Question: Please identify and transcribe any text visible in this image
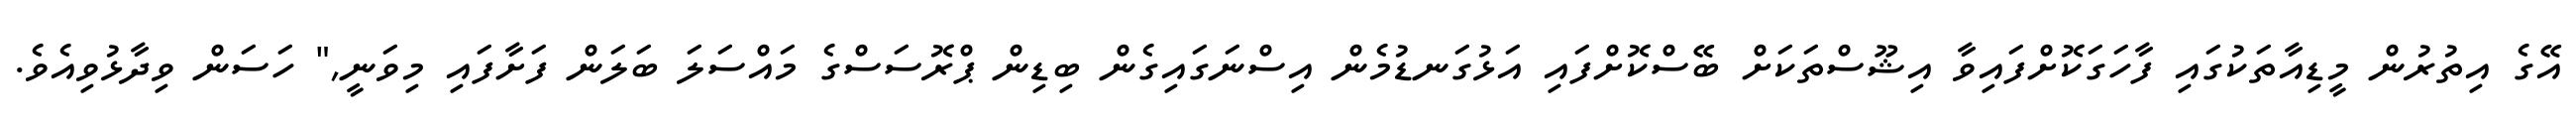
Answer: އޭގެ އިތުރުން މީޑިއާތަކުގައި ފާހަގަކޮށްފައިވާ އިޝޫސްތަކަށް ބޭސްކޮށްފައި އަޅުގަނޑުމެން އިސްނަގައިގެން ބިޑިން ޕްރޮސަސްގެ މައްސަލަ ބަލަން ފަށާފައި މިވަނީ," ހަސަން ވިދާޅުވިއެވެ.